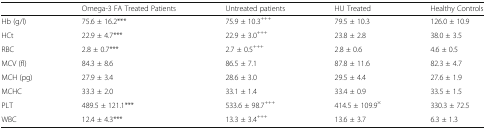
<table><thead><tr><td></td><td><b>Omega-3 FA Treated Patients</b></td><td><b>Untreated patients</b></td><td><b>HU Treated</b></td><td><b>Healthy Controls</b></td></tr></thead><tbody><tr><td>Hb (g/l)</td><td>75.6 ± 16.2***</td><td>75.9 ± 10.3<sup>+++</sup></td><td>79.5 ± 10.3</td><td>126.0 ± 10.9</td></tr><tr><td>HCt</td><td>22.9 ± 4.7***</td><td>22.9 ± 3.0<sup>+++</sup></td><td>23.8 ± 2.8</td><td>38.0 ± 3.5</td></tr><tr><td>RBC</td><td>2.8 ± 0.7***</td><td>2.7 ± 0.5<sup>+++</sup></td><td>2.8 ± 0.6</td><td>4.6 ± 0.5</td></tr><tr><td>MCV (fl)</td><td>84.3 ± 8.6</td><td>86.5 ± 7.1</td><td>87.8 ± 11.6</td><td>82.3 ± 4.7</td></tr><tr><td>MCH (pg)</td><td>27.9 ± 3.4</td><td>28.6 ± 3.0</td><td>29.5 ± 4.4</td><td>27.6 ± 1.9</td></tr><tr><td>MCHC</td><td>33.3 ± 2.0</td><td>33.1 ± 1.4</td><td>33.4 ± 0.9</td><td>33.5 ± 1.5</td></tr><tr><td>PLT</td><td>489.5 ± 121.1***</td><td>533.6 ± 98.7<sup>+++</sup></td><td>414.5 ± 109.9<sup>×</sup></td><td>330.3 ± 72.5</td></tr><tr><td>WBC</td><td>12.4 ± 4.3***</td><td>13.3 ± 3.4<sup>+++</sup></td><td>13.6 ± 3.7</td><td>6.3 ± 1.3</td></tr></tbody></table>